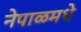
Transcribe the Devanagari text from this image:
नेपाळमधे